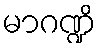
မာဂဏ္ဍိ